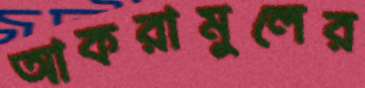
আকরামুলের